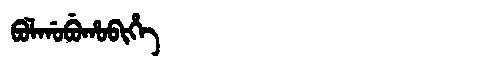
Manchu: ᠪᠣᠯᡤᠣᠪᡠᡥᠣᠪᡳᡥᡝ
Romanization: BOLGOBUHOBIHE